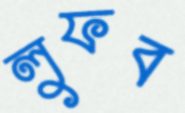
লুফব